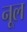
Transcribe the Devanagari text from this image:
नूल